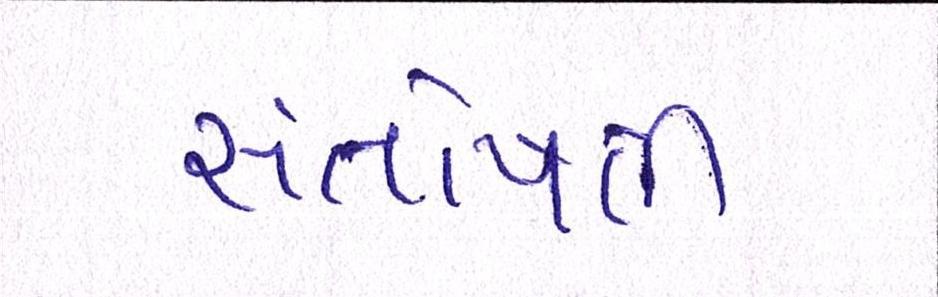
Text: સંતોષાતી